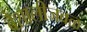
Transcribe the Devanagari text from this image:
वैशालीजवळ